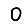
Digit: 0